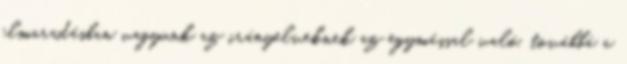
elmaradásban vagyunk az irányelveknek az egymással való, továbbá a